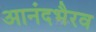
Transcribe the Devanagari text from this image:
आनंदभैरव